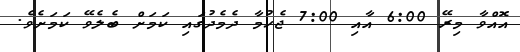
އޮއްވާ މިރޭ 6:00 އާއި 7:00 ޖެހުމާ ދެމެދުގައި ކަމަށް ބެލެވޭ ކަމަށެވެ.